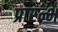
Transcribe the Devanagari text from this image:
प्रारन्भ